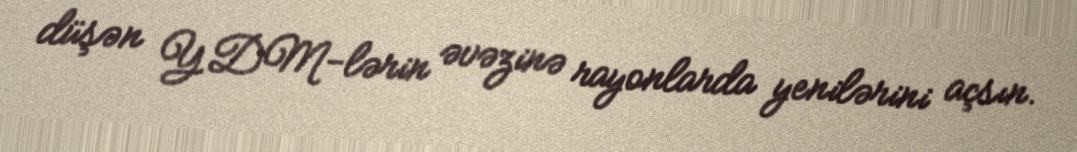
düşən YDM-lərin əvəzinə rayonlarda yenilərini açsın.